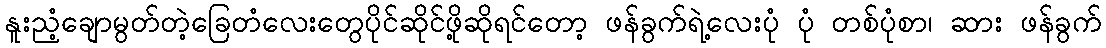
နူးညံ့ချောမွတ်တဲ့ခြေတံလေးတွေပိုင်ဆိုင်ဖို့ဆိုရင်တော့ ဖန်ခွက်ရဲ့လေးပုံ ပုံ တစ်ပုံစာ၊ ဆား ဖန်ခွက်